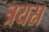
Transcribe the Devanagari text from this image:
त्रयस्र